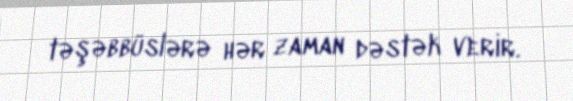
təşəbbüslərə hər zaman dəstək verir.